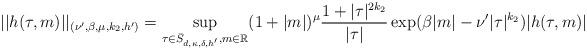
LaTeX: \begin{align*}||h(\tau,m)||_{(\nu',\beta,\mu,k_{2},h')} =\sup_{\tau \in \bar{S}_{d,\kappa,\delta,h'}, m \in \mathbb{R}} (1+|m|)^{\mu}\frac{1 + |\tau|^{2k_{2}}}{|\tau|} \exp( \beta|m| - \nu'|\tau|^{k_2} ) |h(\tau,m)|\end{align*}